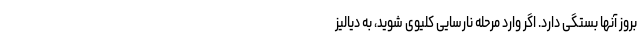
بروز آنها بستگی دارد. اگر وارد مرحله نارسایی کلیوی شوید، به دیالیز